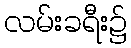
လမ်းခရီး၌